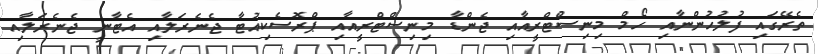
ތެރޭގައި ފުލުހުންނާއި ހޯމް މިނިސްޓްރީއާއި ޖެންޑާ މިނިސްޓްރީއާއި ޕްރޮސެކިއުޓާ ޖެނެރަލާއި އެޓާނީ ޖެނެރަލާއި